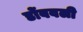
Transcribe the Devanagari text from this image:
डोंबवली